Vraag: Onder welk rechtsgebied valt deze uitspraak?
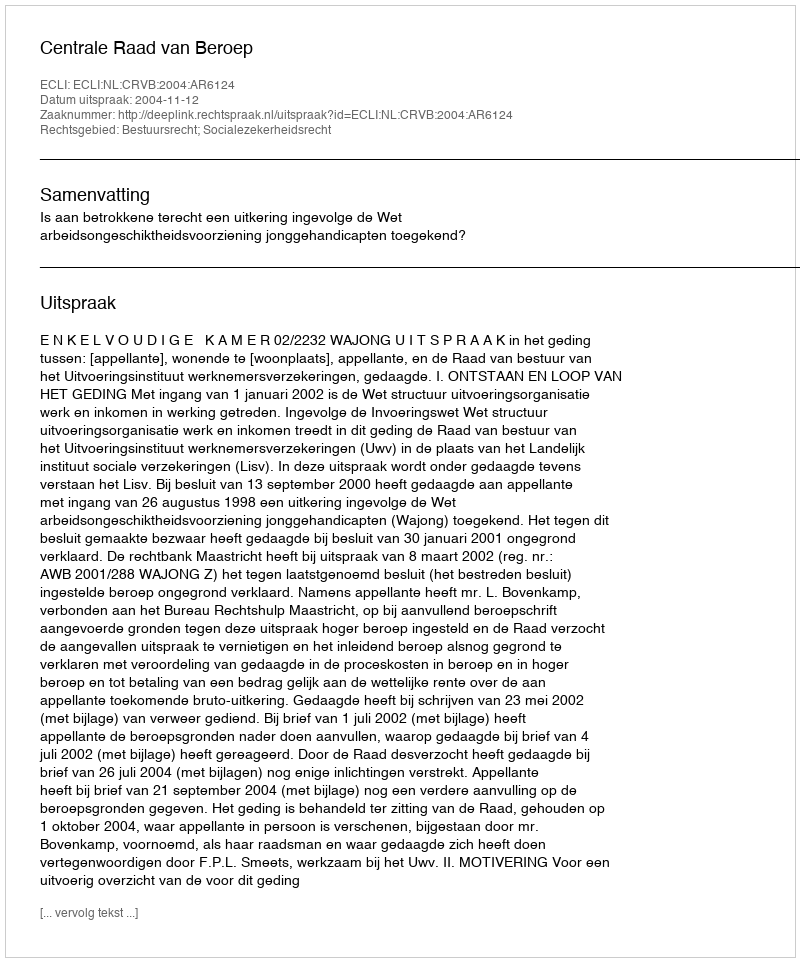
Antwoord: Bestuursrecht; Socialezekerheidsrecht